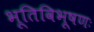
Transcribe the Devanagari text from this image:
भूतिविभूषणः